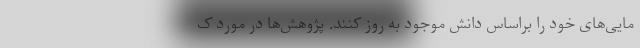
مایی‌های خود را براساس دانش موجود به روز کنند. پژوهش‌ها در مورد ک